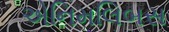
એનિમલિબસ